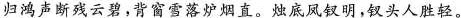
归鸿声断残云碧，背窗雪落炉烟直。烛底凤钗明，钗头人胜轻。